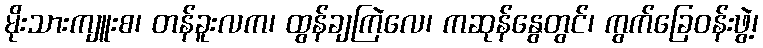
မိုးသားကျူးစ၊ တန်ခူးလက၊ ထွန်ချကြဲလေ၊ ကဆုန်နွေတွင်၊ ကွက်ခြေဝန်းဖွဲ့၊